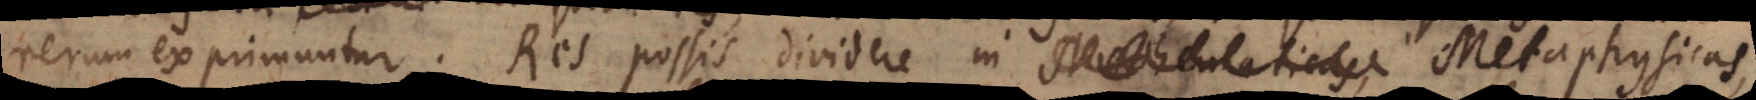
rerum exprimuntur. Res possis dividere in Mathematicas,